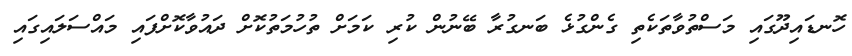
ހޮނޑައިދޫގައި މަސްތުވާތަކެތި ގެންގުޅެ ބަނގުރާ ބޭނުން ކުރި ކަމަށް ތުހުމަތުކޮށް ދައުވާކޮށްފައި މައްސަލައިގައި